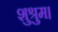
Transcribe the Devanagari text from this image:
शुश्रुम।